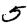
Digit: 5